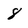
Character: 8